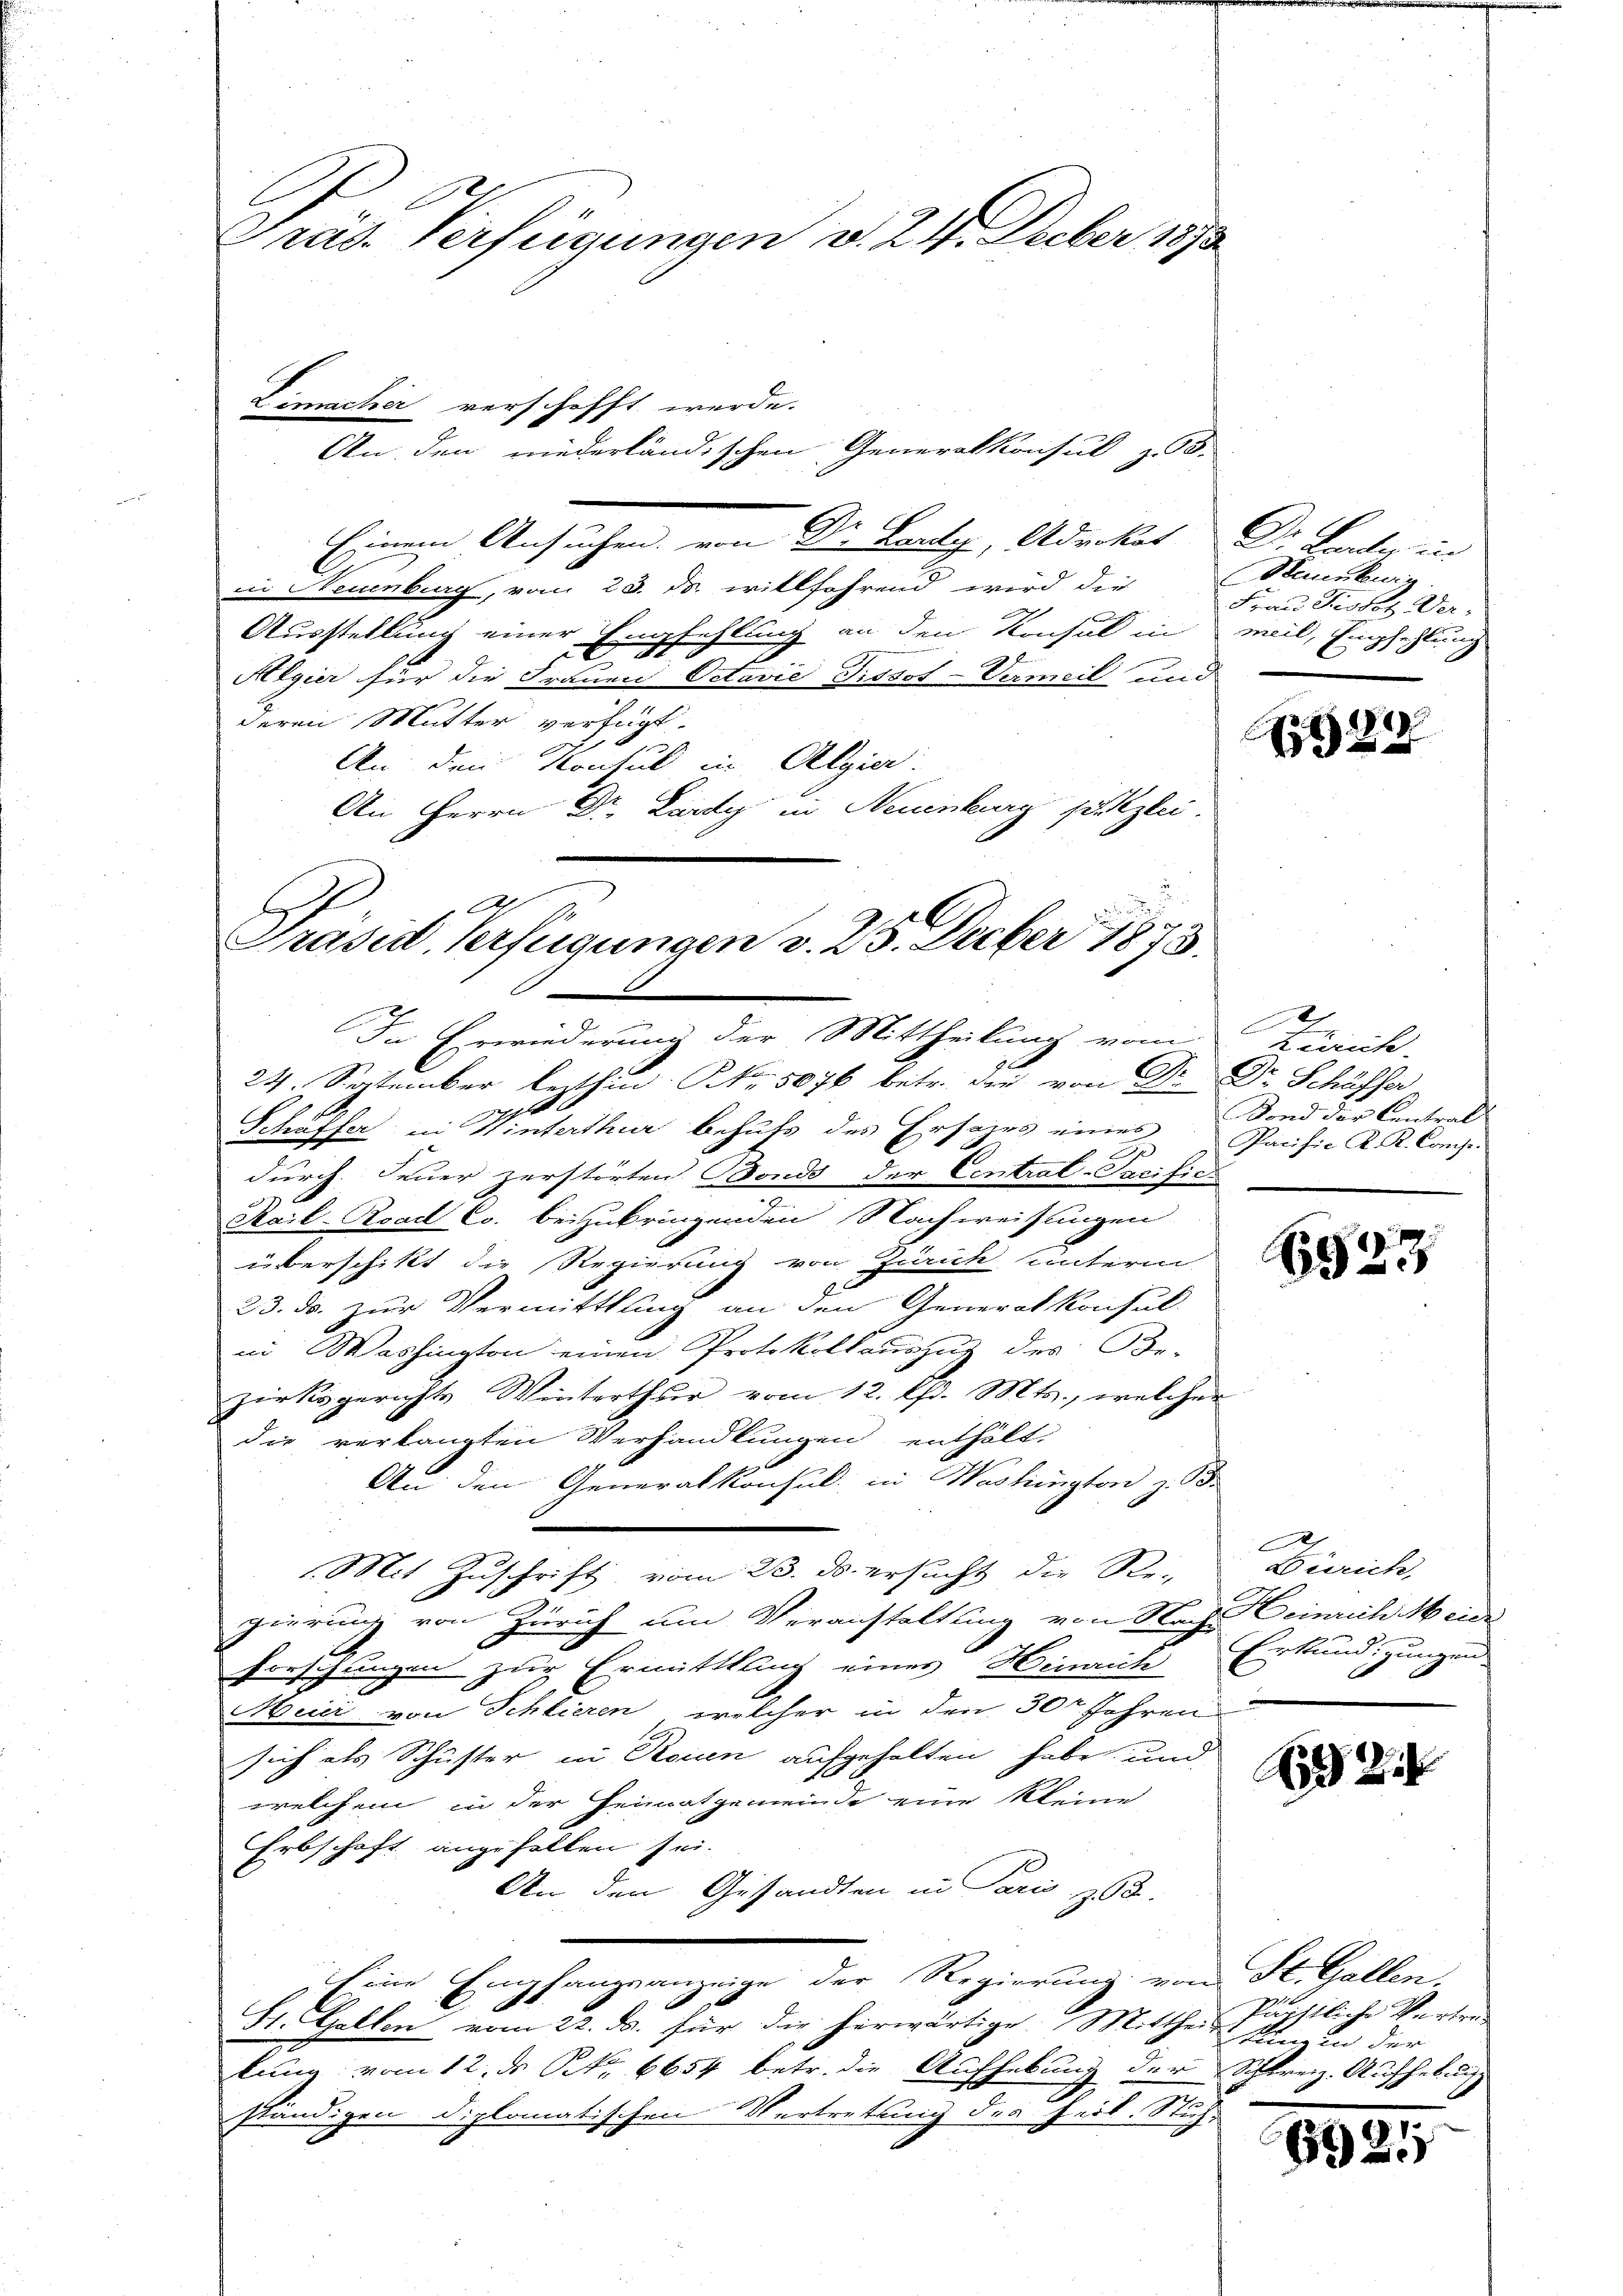
E
Präs. Verfügungen v. 24. Feber 1893

Limacher verschofft werde.
An den niederländischen Generalkonsul z. 98.

Einem Ansuchen von Dr. Lanty, Advokat Dr. Lander in
in Neuenburg, vom 23. ds. willfahrend wird die
Ausstellung einer Empfehlung an den Konsul in weil, Empfehlung
Algier für die Frauen Octavie Pissot-Vermeil und
deren Mutter verfügt:
An den Kontul in Algier
An Herrn Dr. Lardy in Neuenburg setzlei.
Al
E
Prased, Verfügungen v. 25. Decber 1873.

In Erwiederung der Mittheilung vom Zürich-
24. September lezthin Nr. 5076 betr. die von Dr. Dr. Schäffer

nicht
Schäffer in Hinterthur behufs des Ersezes eines
A
durch. Feuer zerstörten Bonds der Central-Tarific
2
Rail-Road Co. beizubringenden Nachweisungen
überschikt die Regierung von Zürich unterm
23. ds. zur Vermittlung an den Generalkonsul-
in Washington einen Protokollauszug des Be-
zirksgerichts Winterthur vom 12. lfd. Mts., welcher
die verlangten Verhandlungen enthält,
An den Generalkonsul in Washington z. B.
Mit Zuschrift vom 23. ds. ersucht die Re-
gierung von Zürich um Veranstaltung von Nach Geinrich Meier
forschungen zur Ermittlung eines Heinrich Erkundigungen
Meier von Schlieren, welcher in den 30t Jahren
sich als Schuster in Rouen aufgehalten habe und
welchem in der Heimatgemeinde eine kleine
Erbschaft angefallen sei.
An den Gesandten in Paris 303.
Eine Empfangsanzeige der Regierung von St. Gallen.
St. Gallen vom 22. ds. für die herwärtige Mittheils den in der
lung vom 12. ds Nr. 6654 betr. die Aufhebung der Schreiz. Aufhebung
ständigen diplomatischen Vertretung des Feil. Stuh¬

Staumburg
Frau Fistet wer¬

289

Fond der Central
Pacifie K. K. Comp.

6533

A
Zürich

künstliche Vertrag

53